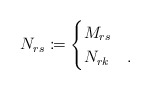
\begin{align*}N_{rs}\coloneqq \begin{cases}M_{rs}&\\N_{rk}&.\end{cases}\end{align*}